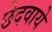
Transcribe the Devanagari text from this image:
छेदवाये